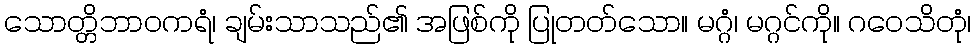
သောတ္တိဘာဝကရံ၊ ချမ်းသာသည်၏ အဖြစ်ကို ပြုတတ်သော။ မဂ္ဂံ၊ မဂ္ဂင်ကို။ ဂဝေသိတုံ၊